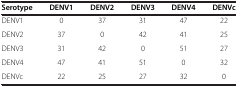
<table><thead><tr><td><b>Serotype</b></td><td><b>DENV1</b></td><td><b>DENV2</b></td><td><b>DENV3</b></td><td><b>DENV4</b></td><td><b>DENVc</b></td></tr></thead><tbody><tr><td>DENV1</td><td>0</td><td>37</td><td>31</td><td>47</td><td>22</td></tr><tr><td>DENV2</td><td>37</td><td>0</td><td>42</td><td>41</td><td>25</td></tr><tr><td>DENV3</td><td>31</td><td>42</td><td>0</td><td>51</td><td>27</td></tr><tr><td>DENV4</td><td>47</td><td>41</td><td>51</td><td>0</td><td>32</td></tr><tr><td>DENVc</td><td>22</td><td>25</td><td>27</td><td>32</td><td>0</td></tr></tbody></table>